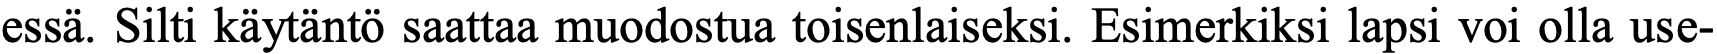
essä. Silti käytäntö saattaa muodostua toisenlaiseksi. Esimerkiksi lapsi voi olla use-